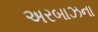
અરબાઝના